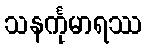
သနင်္ကုမာရဿ